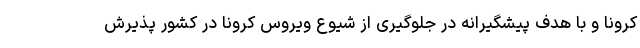
کرونا و با هدف پیشگیرانه در جلوگیری از شیوع ویروس کرونا در کشور پذیرش